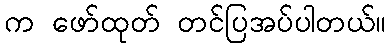
က ဖော်ထုတ် တင်ပြအပ်ပါတယ်။